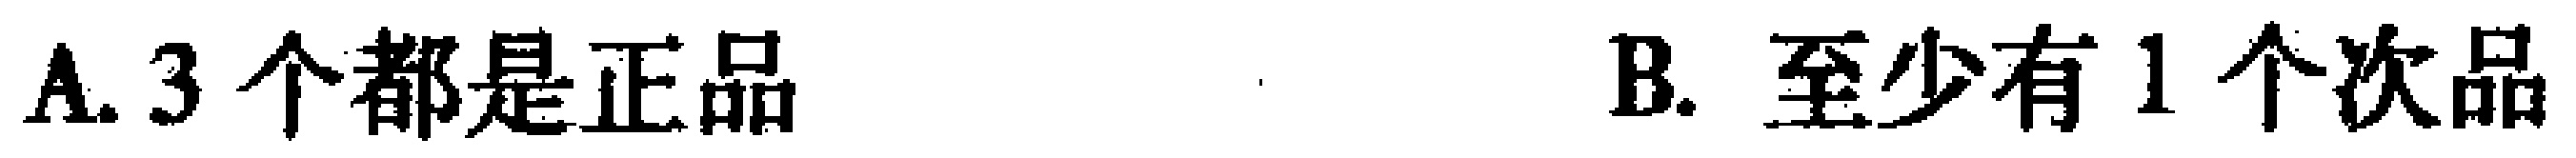
A. 3个都是正品

B. 至少有1个次品